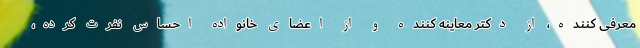
معرفی کننده، از دکتر معاینه کننده و از اعضای خانواده احساس نفرت کرده،